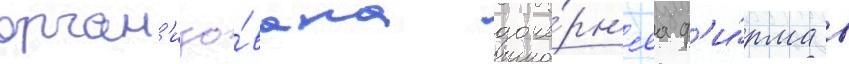
орган'изо́вана доче́рн'яа ф'и́рма в